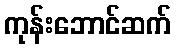
ကုန်းဘောင်ဆက်